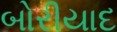
બોરીયાદ